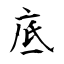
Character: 底